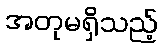
အတုမရှိသည့်